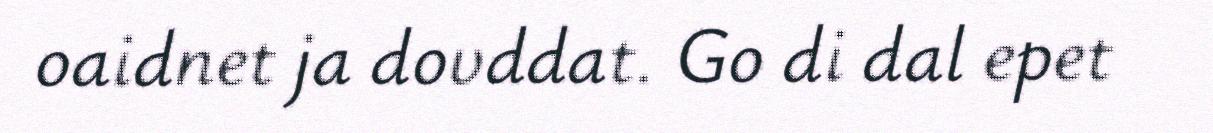
oaidnet ja dovddat. Go di dal epet